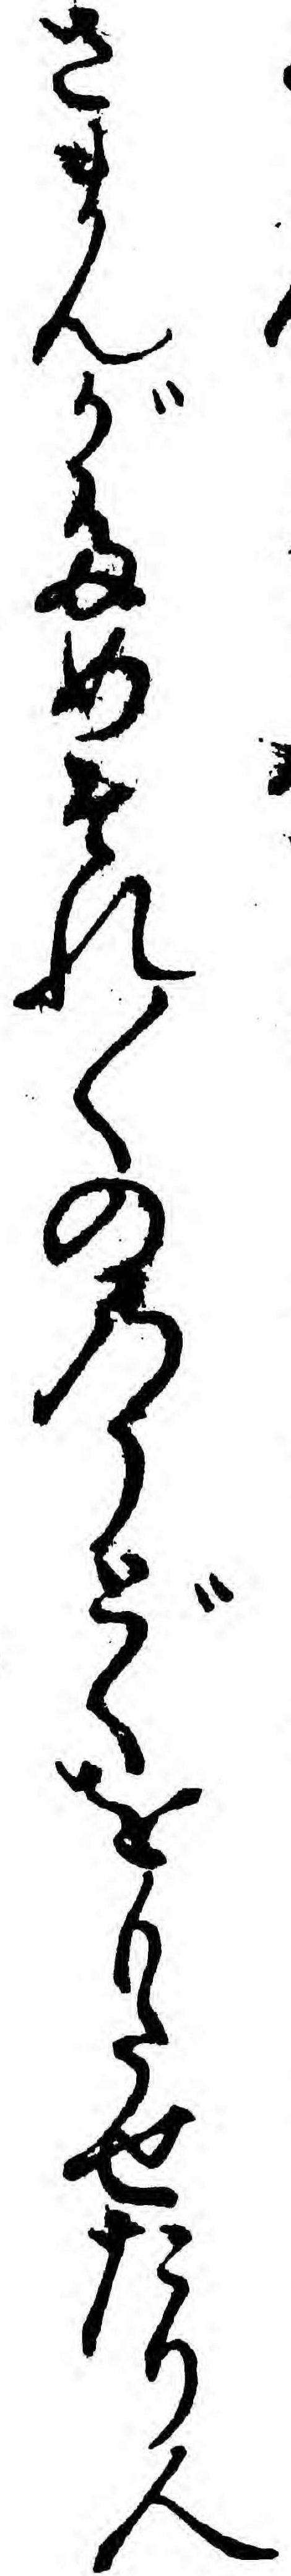
さまんがためそれ〱ののうどくをもたせたり人